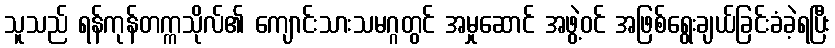
သူသည် ရန်ကုန်တက္ကသိုလ်၏ ကျောင်းသားသမဂ္ဂတွင် အမှုဆောင် အဖွဲ့ဝင် အဖြစ်ရွေးချယ်ခြင်းခံခဲ့ရပြီး